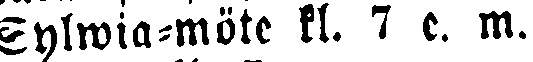
Sylwia-möte kl. 7 e. m.